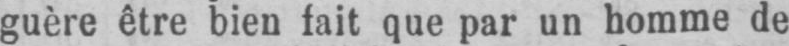
guère être bien fait que par un homme de